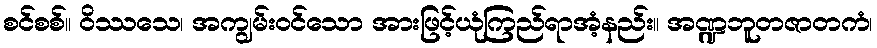
စင်စစ်။ ဝိဿသေ၊ အကျွမ်းဝင်သော အားဖြင့်ယုံကြည်ရာအံ့နည်း။ အဏ္ဍဘူတဇာတကံ၊